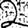
Digit: 2